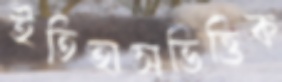
ইতিহাসভিত্তিক